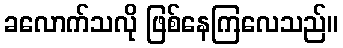
ခလောက်သလို ဖြစ်နေကြလေသည်။